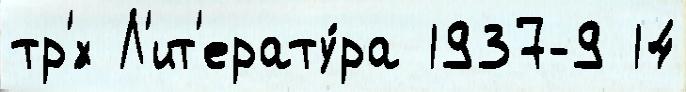
тр'́х Л'ит'ерату́ра 1937-9 14